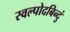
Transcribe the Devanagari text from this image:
स्वल्पोदबिन्दुं